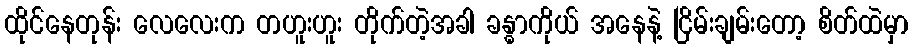
ထိုင်နေတုန်း လေလေးက တဟူးဟူး တိုက်တဲ့အခါ ခန္ဓာကိုယ် အနေနဲ့ ငြိမ်းချမ်းတော့ စိတ်ထဲမှာ